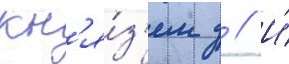
кн'я́з'ем д // И́